Medical and sanitary report of the native army of Madras for the year
Year: 1877
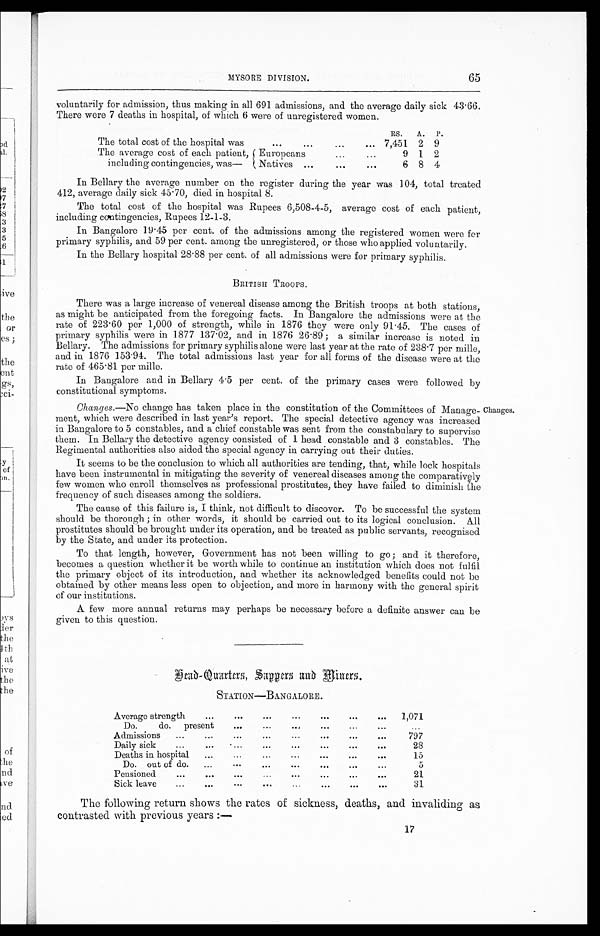
65
MYSORE DIVISION.
voluntarily for admission, thus making in all 691 admissions, and the average daily sick 43·66.
There were 7 deaths in hospital, of which 6 were of unregistered women.
The total cost of the hospital was
The average cost of each patient,
including contingencies, was—
...
...
...
...
RS.
A. P.
7,451 2 9
Europeans
...
...
9 1 2
Natives
...
...
...
6 8 4
In Bellary the average number on the register during the year was 104, total treated
412, average daily sick 45 . 70, died in hospital 8.
The total cost of the hospital was Rupees 6,508-4-5, average cost of each patient,
including contingencies, Rupees 12-1-3.
In Bangalore 19·45 per cent. of the admissions among the registered women were for
primary syphilis, and 59 per cent. among the unregistered, or those who applied voluntarily.
In the Bellary hospital 28·88 per cent. of all admissions were for primary syphilis.
BRITISH TROOPS.
There was a large increase of venereal disease among the British troops at both stations,
as might be anticipated from the foregoing facts. In Bangalore the admissions were at the
rate of 223·60 per 1,000 of strength, while in 1876 they were only 91·45. The cases of
primary syphilis were in 1877 137·02, and in 1876 26·89 ; a similar increase is noted in
Bellary. The admissions for primary syphilis alone were last year at the rate of 238 . 7 per mille,
and in 1876 153·94. The total admissions last year for all forms of the disease were at the
rate of 465·81 per mille.
In Bangalore and in Bellary 4·5 per cent. of the primary cases were followed by
constitutional symptoms.
Changes.—No change has taken place in the constitution of the Committees of Manage-
ment, which were described in last year's report. The special detective agency was increased
in Bangalore to 5 constables, and a chief constable was sent from the constabulary to supervise
them. In Bellary the detective agency consisted of 1 head constable and 3 constables. The
Regimental authorities also aided the special agency in carrying out their duties.
It seems to be the conclusion to which all authorities are tending, that, while lock hospitals
have been instrumental in mitigating the severity of venereal diseases among the comparatively
few women who enroll themselves as professional prostitutes, they have failed to diminish the
frequency of such diseases among the soldiers.
The cause of this failure is, I think, not difficult to discover. To be successful the system
should be thorough in other words, it should be carried out to its logical conclusion.
prostitutes should be brought under its operation, and be treated as public servants, recognised
by the State, and under its protection.
To that length, however, Government has not been willing to go ; and it therefore,
becomes a question whether it be worth while to continue an institution which does not fulfil
the primary object of its introduction, and whether its acknowledged benefits could not be
obtained by other means less open to objection, and more in harmony with the general spirit
of our institutions.
A few more annual returns may perhaps be necessary before a definite answer can be
given to this question.
Changes.
H e a d - Q u a r t e r s , S a p p e r s a n d
M i n e r s .
STATION—BANGALORE.
Average strength
... ...
...
...
...
... ...
1,071
Do.
do.
present
... ... ... ... ... ... ...
Admissions
...
...
... ... ... ... ... ...
797
Daily sick
... ... ... ... ... ... ... ...
28
Deaths in hospital
...
...
...
...
...
...
...
15
Do. out of do.
...
...
...
...
...
...
...
5
Pensioned
... ... ... ... ... ...
...
...
21
Sick leave...
... ... ... ... ... ... ...
3 1
The following return shows the rates of sickness, deaths, and invaliding as
contrasted with previous years:—
17